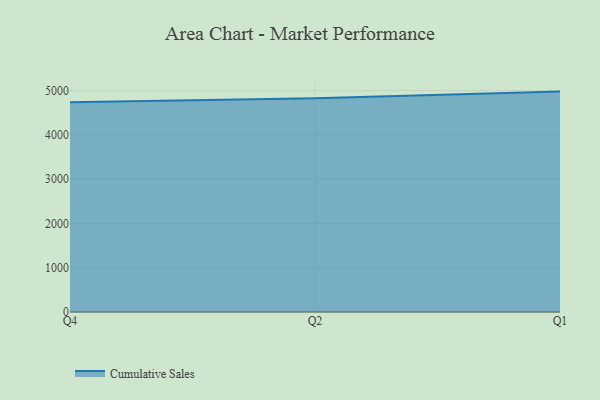
{"axis": {"x": "Quarter", "y": "Population (Million)"}, "legend": ["Cumulative Sales"], "data": [{"x": "Q4", "y": 4737.7, "type": "Cumulative Sales"}, {"x": "Q2", "y": 4829.2, "type": "Cumulative Sales"}, {"x": "Q1", "y": 4977.6, "type": "Cumulative Sales"}]}